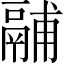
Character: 鬴